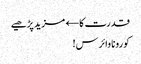
قدرت کا← مزید پڑھیے
کورونا وائرس!